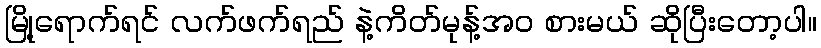
မြို့ရောက်ရင် လက်ဖက်ရည် နဲ့ကိတ်မုန့်အဝ စားမယ် ဆိုပြီးတော့ပါ။